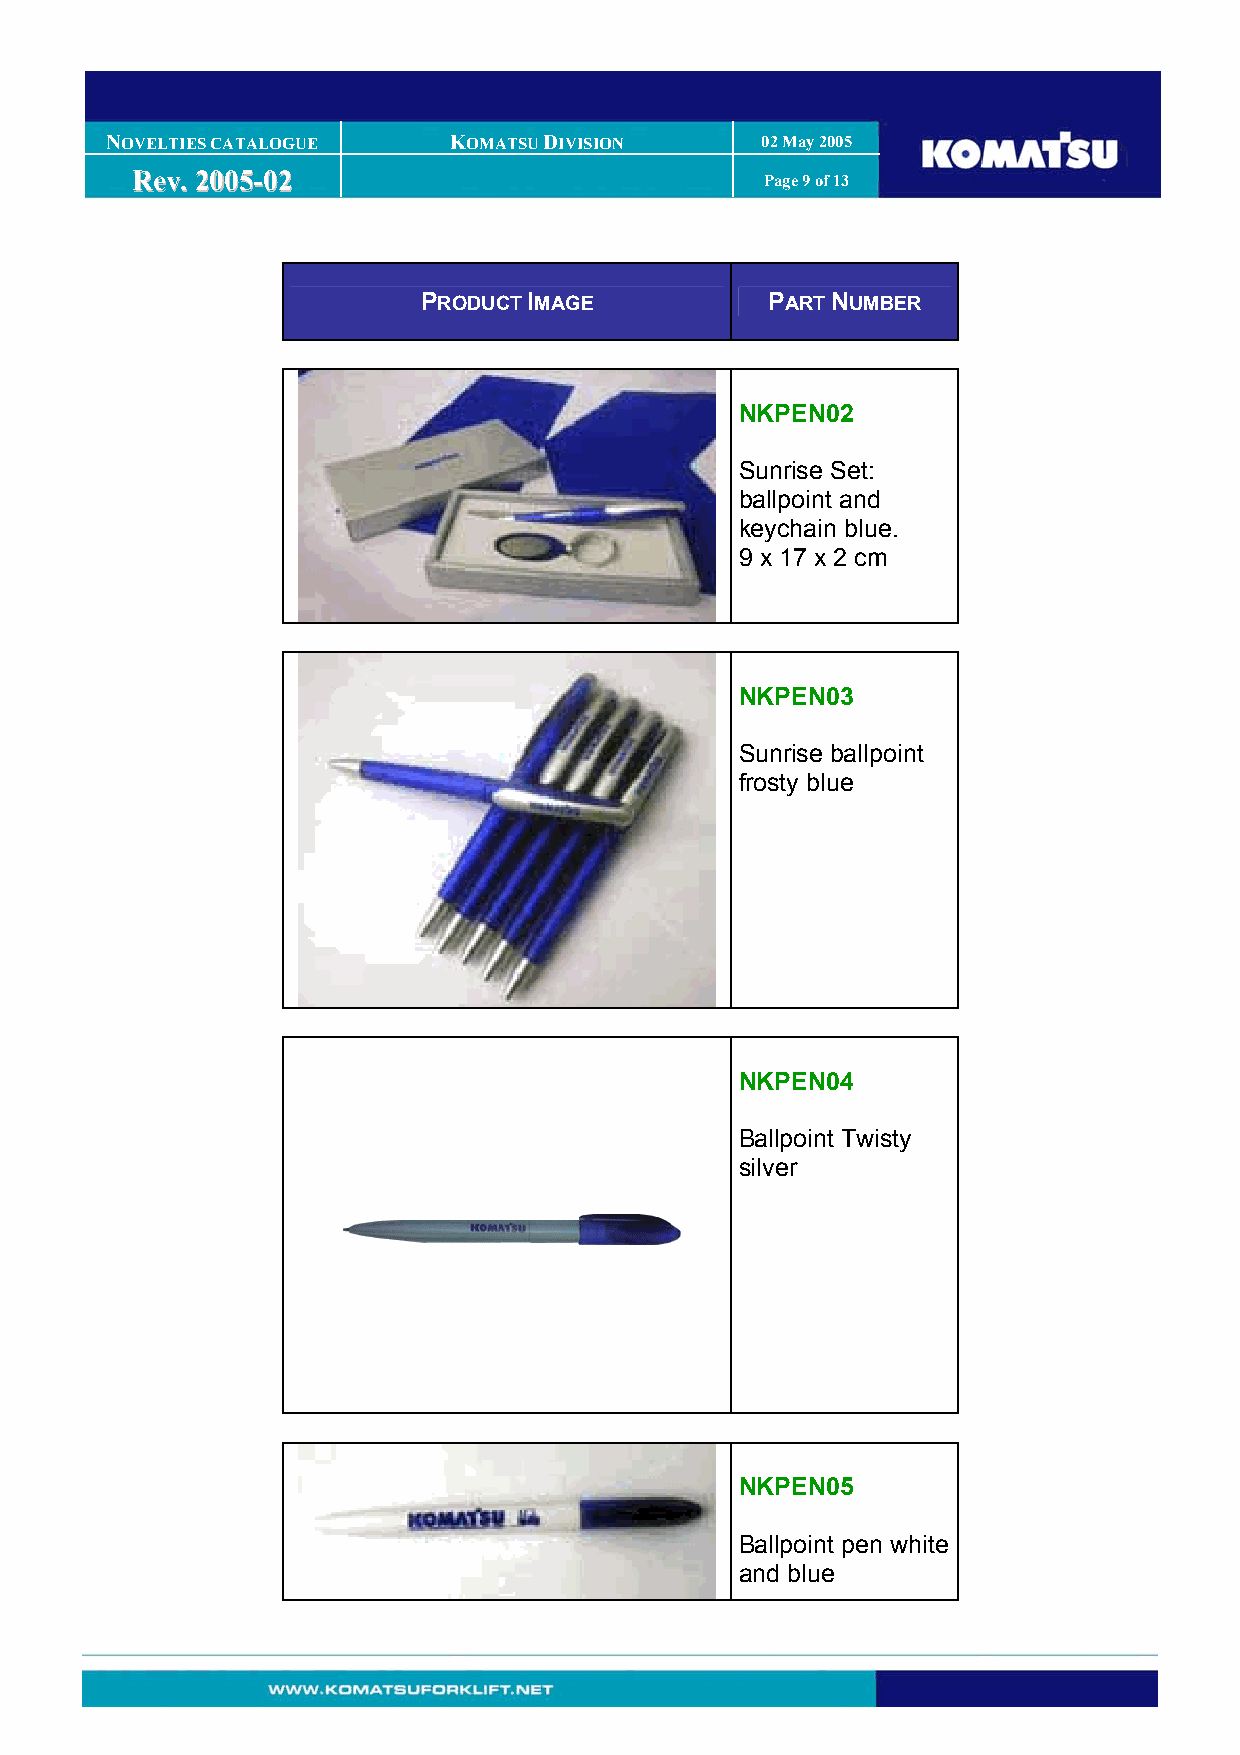
NOVELTIES CATALOGUE    KOMATSU DIVISION    02 May 2005
 RReevv.. 22000055--0022                   Page 9 of 13
 PRODUCT IMAGE          PART NUMBER
 NKPEN02
 Sunrise Set:
 ballpoint and
 keychain blue.
 9 x 17 x 2 cm
 NKPEN03
 Sunrise ballpoint
 frosty blue
 NKPEN04
 Ballpoint Twisty
 silver
 NKPEN05
 Ballpoint pen white
 and blue